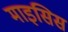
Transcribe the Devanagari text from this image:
माइसिस